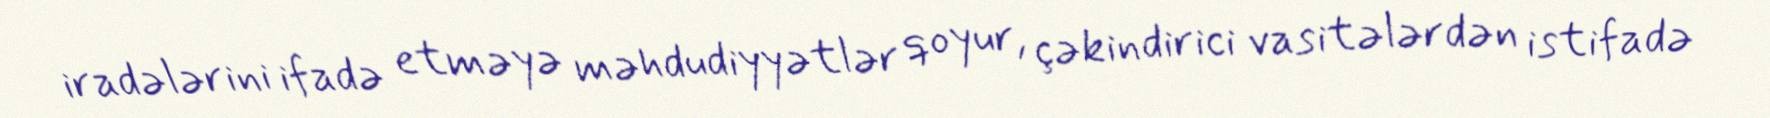
iradələrini ifadə etməyə məhdudiyyətlər qoyur, çəkindirici vasitələrdən istifadə